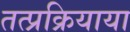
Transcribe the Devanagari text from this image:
तत्प्रक्रियाया